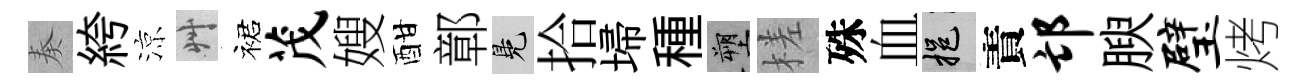
奏絝涼艸裙茂嫂酣鄣鳬拾埽種塑槎殊血挹責邙腴璧烤